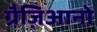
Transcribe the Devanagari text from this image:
ग्रैज़िआनो